Report on vaccination in the Province of Bengal - 1869-1873
Year: 1869
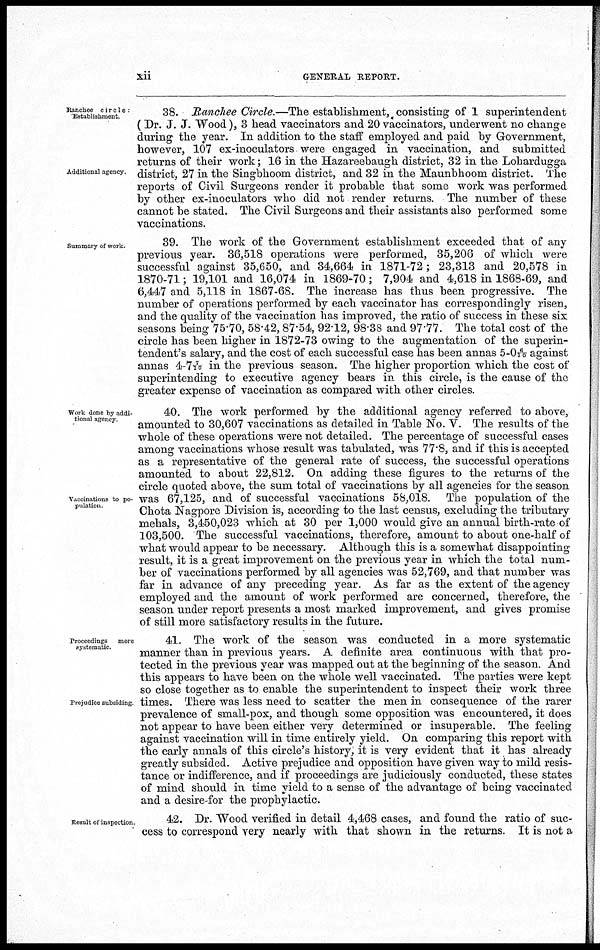
iii
GENERAL REPORT.
Ranchee circle
Establishment
Additional agency
38. Ranchee Circle.—The establishment, consisting of 1 superintendent
(Dr. J. J. Wood), 3 head vaccinators and 20vaccinators, underwent no change
during the year. In addition to the staff employed and paid by Government,
however, 107 ex-inoculators were engaged in vaccination, and submitted
returns of their work; 16 in the Hazareebaugh district, 32 in the Lohardugga
district, 27 in the Singbhoom district, and 32 in the Maunbhoom district. The
reports of Civil Surgeons render it probable that some work was performed
by other ex-inoculators who did not render returns. The number of these
cannot be stated. The Civil Surgeons and their assistants also performed some
vaccinations.
Summary of work.
39. The work of the Government establishment exceeded that of any
previous year. 36,518 operations were performed, 35,206 of which were
successful against 35,650, and 34,664 in 1871-72; 23,313 and 20,578 in
1870-71; 19,101 and 16,074 in 1869-70; 7,904 and 4,618 in 1868-69, and
6,447 and 5,118 in 1867-68. The increase has thus been progressive. The
number of operations performed by each vaccinator has correspondingly risen,
and the quality of the vaccination has improved, the ratio of success in these six
seasons being 75.70, 58.42, 87.54, 92.12, 98.38 and 97.77. The total cost of the
circle has been higher in 1872-73 owing to the augmentation of the superin-
tendent's salary, and the cost of each successful case has been annas 5-0 6/10 against
annas 4-7 7/10 in the previous season. The higher proportion which the cost of
superintending to executive agency bears in this circle, is the cause of the
greater expense of vaccination as compared with other circles.
Work done by addi-
tional agency.
Vaccinations to po-
pulation
40. The work performed by the additional agency referred to above,
amounted to 30,607 vaccinations as detailed in Table No. V. The results of the
whole of these operations were not detailed. The percentage of successful cases
among vaccinations whose result was tabulated, was 77.8, and if this is accepted
as a representative of the general rate of success, the successful operations
amounted to about 22,812. On adding these figures to the returns of the
circle quoted above, the sum total of vaccinations by all agencies for the season
was 67,125, and of successful vaccinations 58,018. The population of the
Chota Nagpore Division is, according to the last census, excluding the tributary
mehals, 3,450,023 which at 30 per 1,000 would give an annual birth-rate of
103,500. The successful vaccinations, therefore, amount to about one-half of
what would appear to be necessary. Although this is a somewhat disappointing
result, it is a great improvement on the previous year in which the total num-
ber of vaccinations performed by all agencies was 52,769, and that number was
far in advance of any preceding year. As far as the extent of the agency
employed and the amount of work performed are concerned, therefore, the
season under report presents a most marked improvement, and gives promise
of still more satisfactory results in the future.
Proceedings
more
systematic.
Prejudice subsiding
41. The work of the season was conducted in a more systematic
manner than in previous years. A definite area continuous with that pro-
tected in the previous year was mapped out at the beginning of the season. And
this appears to have been on the whole well vaccinated. The parties were kept
so close together as to enable the superintendent to inspect their work three
times. There was less need to scatter the men in consequence of the rarer
prevalence of small-pox, and though some opposition was encountered, it does
not appear to have been either very determined or insuperable. The feeling
against vaccination will in time entirely yield. On comparing this report with
the early annals of this circle's history, it is very evident that it has already
greatly subsided. Active prejudice and opposition have given way to mild resis-
tance or indifference, and if proceedings are judiciously conducted, these states
of mind should in time yield to a sense of the advantage of being vaccinated
and a desire-for the prophylactic.
Result of inspection.
42. Dr. Wood verified in detail 4,468 cases, and found the ratio of suc-
cess to correspond very nearly with that shown in the returns. It is not a